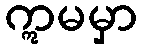
ဣမမှာ